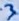
Text: 3